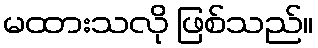
မထားသလို ဖြစ်သည်။